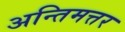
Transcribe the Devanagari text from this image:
अन्तिमत्तर